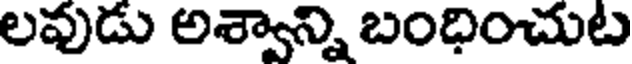
లవుడు అశ్వాన్ని బంధించుట